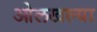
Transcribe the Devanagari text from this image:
ओलखल्या